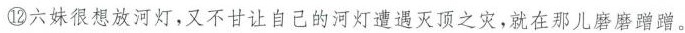
⑫六妹很想放河灯，又不甘让自己的河灯遭遇灭顶之灾，就在那儿磨磨蹭蹭。